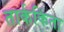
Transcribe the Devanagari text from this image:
तार्ककिता